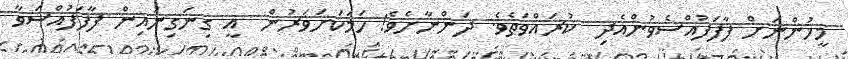
މީހުންނަށް ފާފަފުއްސެވުންއެދި  ކުރައްވަތެވެ. ދަންނާށެވެ! ހަމަކަށަވަރުން  އީ ގިނަގިނައިން ފާފަފުއްސަވާ